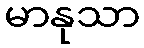
မာနုသာ